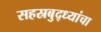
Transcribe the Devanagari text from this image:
सहस्रबुद्ध्यांचा